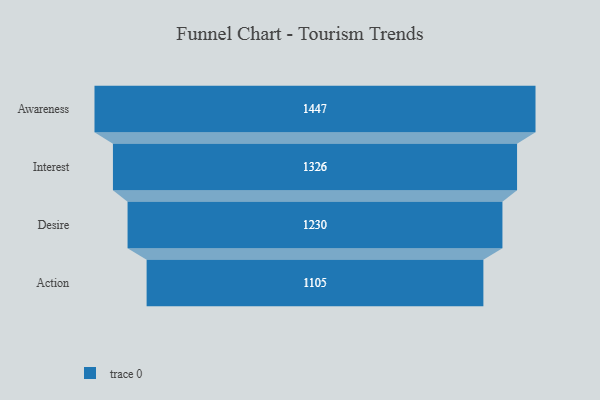
{"axis": {"x": "Stage", "y": "Value"}, "legend": [""], "data": [{"x": "Awareness", "y": 1447.0, "type": ""}, {"x": "Interest", "y": 1326.0, "type": ""}, {"x": "Desire", "y": 1230.0, "type": ""}, {"x": "Action", "y": 1105.0, "type": ""}]}